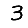
Digit: 3